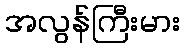
အလွန်ကြီးမား